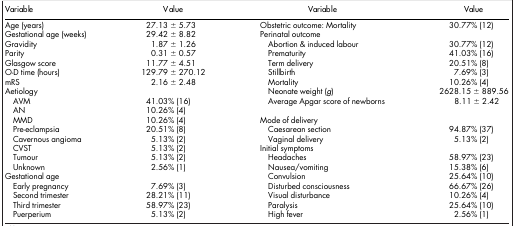
<table><thead><tr><td><b>Variable</b></td><td><b>Value</b></td><td><b>Variable</b></td><td><b>Value</b></td></tr></thead><tbody><tr><td>Age (years)</td><td>27.13 ± 5.73</td><td>Obstetric outcome: Mortality</td><td>30.77% (12)</td></tr><tr><td>Gestational age (weeks)</td><td>29.42 ± 8.82</td><td>Perinatal outcome</td><td> </td></tr><tr><td>Gravidity</td><td>1.87 ± 1.26</td><td> Abortion &amp; induced labour</td><td>30.77% (12)</td></tr><tr><td>Parity</td><td>0.31 ± 0.57</td><td> Prematurity</td><td>41.03% (16)</td></tr><tr><td>Glasgow score</td><td>11.77 ± 4.51</td><td> Term delivery</td><td>20.51% (8)</td></tr><tr><td>O-D time (hours)</td><td>129.79 ± 270.12</td><td> Stillbirth</td><td>7.69% (3)</td></tr><tr><td>mRS</td><td>2.16 ± 2.48</td><td> Mortality</td><td>10.26% (4)</td></tr><tr><td>Aetiology</td><td> </td><td> Neonate weight (<i>g</i>)</td><td>2628.15 ± 889.56</td></tr><tr><td> AVM</td><td>41.03% (16)</td><td> Average Apgar score of newborns</td><td>8.11 ± 2.42</td></tr><tr><td> AN</td><td>10.26% (4)</td><td> </td><td> </td></tr><tr><td> MMD</td><td>10.26% (4)</td><td>Mode of delivery</td><td> </td></tr><tr><td> Pre-eclampsia</td><td>20.51% (8)</td><td> Caesarean section</td><td>94.87% (37)</td></tr><tr><td> Cavernous angioma</td><td>5.13% (2)</td><td> Vaginal delivery</td><td>5.13% (2)</td></tr><tr><td> CVST</td><td>5.13% (2)</td><td>Initial symptoms</td><td> </td></tr><tr><td> Tumour</td><td>5.13% (2)</td><td> Headaches</td><td>58.97% (23)</td></tr><tr><td> Unknown</td><td>2.56% (1)</td><td> Nausea/vomiting</td><td>15.38% (6)</td></tr><tr><td>Gestational age</td><td> </td><td> Convulsion</td><td>25.64% (10)</td></tr><tr><td> Early pregnancy</td><td>7.69% (3)</td><td> Disturbed consciousness</td><td>66.67% (26)</td></tr><tr><td> Second trimester</td><td>28.21% (11)</td><td> Visual disturbance</td><td>10.26% (4)</td></tr><tr><td> Third trimester</td><td>58.97% (23)</td><td> Paralysis</td><td>25.64% (10)</td></tr><tr><td> Puerperium</td><td>5.13% (2)</td><td> High fever</td><td>2.56% (1)</td></tr></tbody></table>